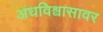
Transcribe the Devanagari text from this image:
अंधविश्वासावर